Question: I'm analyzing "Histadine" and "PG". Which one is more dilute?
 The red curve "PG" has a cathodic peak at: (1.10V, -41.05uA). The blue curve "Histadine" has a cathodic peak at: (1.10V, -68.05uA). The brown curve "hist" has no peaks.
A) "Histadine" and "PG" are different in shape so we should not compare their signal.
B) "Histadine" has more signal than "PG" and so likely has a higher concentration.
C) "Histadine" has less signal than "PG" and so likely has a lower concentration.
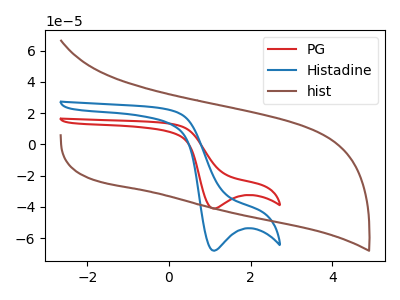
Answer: <think>All the peaks in "Histadine" have a peak in "PG" at the same potential. Every peak in "Histadine" is higher than every peak in "PG".
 </think>
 <answer>B) "Histadine" has more signal than "PG" and so likely has a higher concentration.</answer>
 <eval>B</eval>